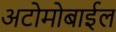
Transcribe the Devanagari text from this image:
अटोमोबाईल